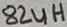
Text: 82uH